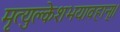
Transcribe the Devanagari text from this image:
मृत्युक्लेशभयावहान्।।